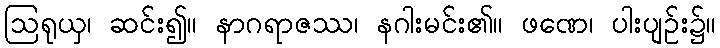
ဩရုယှ၊ ဆင်း၍။ နာဂရာဇဿ၊ နဂါးမင်း၏။ ဖဏေ၊ ပါးပျဉ်း၌။